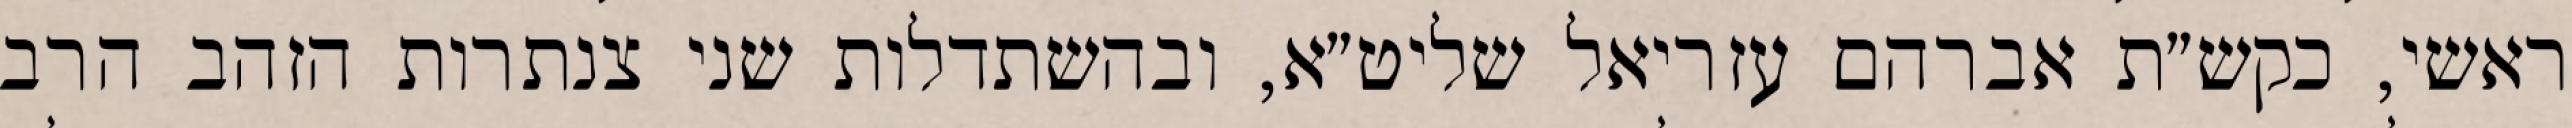
ראשי, כקש״ת אברהם עזריאל שליט״א, ובהשתדלות שני צנתרות הזהב הרב